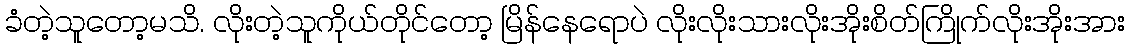
ခံတဲ့သူတော့မသိ. လိုးတဲ့သူကိုယ်တိုင်တော့ မြိန်နေရောပဲ လိုးလိုးသားလိုးအိုးစိတ်ကြိုက်လိုးအိုးအား